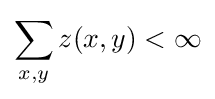
\sum _{x,y}z(x,y)<\infty